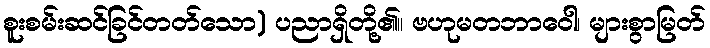
စူးစမ်းဆင်ခြင်တတ်သော) ပညာရှိတို့၏။ ဗဟုမတဘာဝေါ၊ များစွာမြတ်